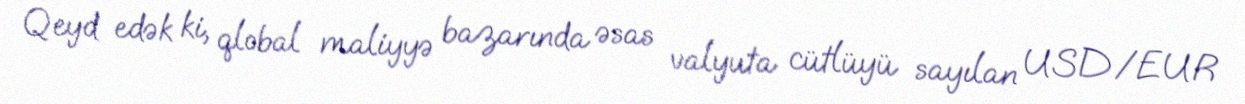
Qeyd edək ki, qlobal maliyyə bazarında əsas valyuta cütlüyü sayılan USD/EUR